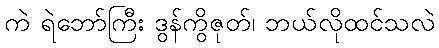
ကဲ ရဲဘော်ကြီး ဒွန်ကွိဇုတ်၊ ဘယ်လိုထင်သလဲ